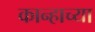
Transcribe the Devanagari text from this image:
कान्हाच्या